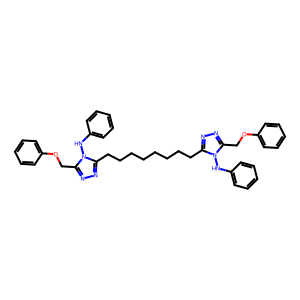
SMILES: c1ccc(Nn2c(CCCCCCCCc3nnc(COc4ccccc4)n3Nc3ccccc3)nnc2COc2ccccc2)cc1
Inhibits HIV replication: No